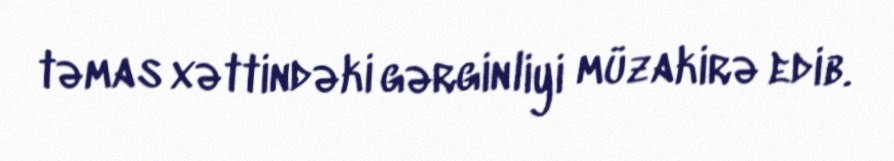
təmas xəttindəki gərginliyi müzakirə edib.